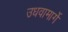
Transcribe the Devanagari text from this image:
उधवामार्गे